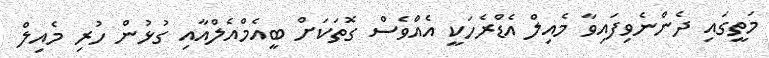
މަތީގައި ދެންނެވިފައިވާ މެއިލް އެޑްރެހަކީ އެއްވެސް ގޮތަކަށް ބީއެމްއެލްއާއި ގުޅުން ހުރި މެއިލް